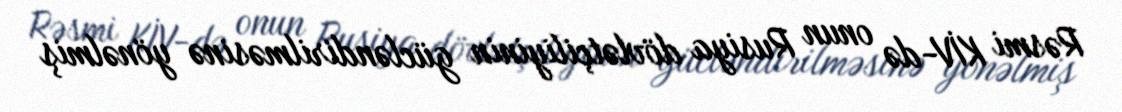
Rəsmi KİV-də onun Rusiya dövlətçiliyinin gücləndirilməsinə yönəlmiş